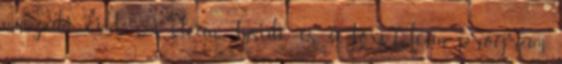
műszaki cikk. A clean Inside és a toxiClean program